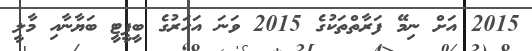
2015 އަށް ނިމޭ ފަރާތްތަކުގެ 2015 ވަނަ އަހަރުގެ ބީޕީޓީ ބަޔާނާއި މާލީ